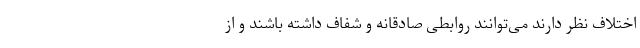
اختلاف نظر دارند می‌توانند روابطی صادقانه و شفاف داشته باشند و از